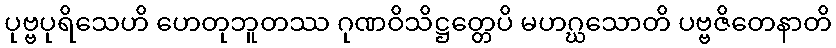
ပုဗ္ဗပုရိသေဟိ ဟေတုဘူတဿ ဂုဏဝိသိဋ္ဌတ္တေပိ မဟဂ္ဃသောတိ ပဗ္ဗဇိတေနာတိ